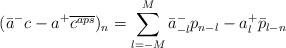
LaTeX: \begin{align*}(\bar{a}^-c-a^+\overline{c^{aps}})_n= \sum_{l=-M}^{M}\bar{a}^-_{-l}p_{n-l}-a^+_l\bar{p}_{l-n}\end{align*}